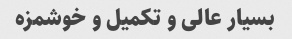
بسیار عالی و تکمیل و خوشمزه